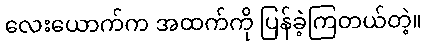
လေးယောက်က အထက်ကို ပြန်ခဲ့ကြတယ်တဲ့။